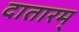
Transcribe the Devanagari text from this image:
दातारम्